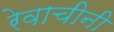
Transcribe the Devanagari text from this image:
रेवाचीनी